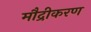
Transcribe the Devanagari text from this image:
मौद्रीकरण